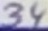
Text: 34